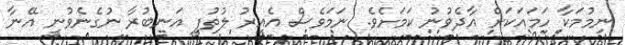
ނިމުމަކާ ހަމައަކަށް އާދެވުނު ކަމަށެވެ. ނަމަވެސް އެއިރު ލުތުފީ އަނބުރާ ނުގެނެވުނީ އޭނާ